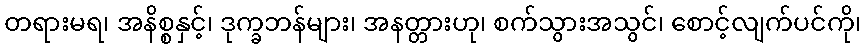
တရားမရ၊ အနိစ္စနှင့်၊ ဒုက္ခဘန်များ၊ အနတ္တားဟု၊ စက်သွားအသွင်၊ စောင့်လျက်ပင်ကို၊